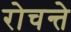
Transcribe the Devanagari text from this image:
रोचन्ते